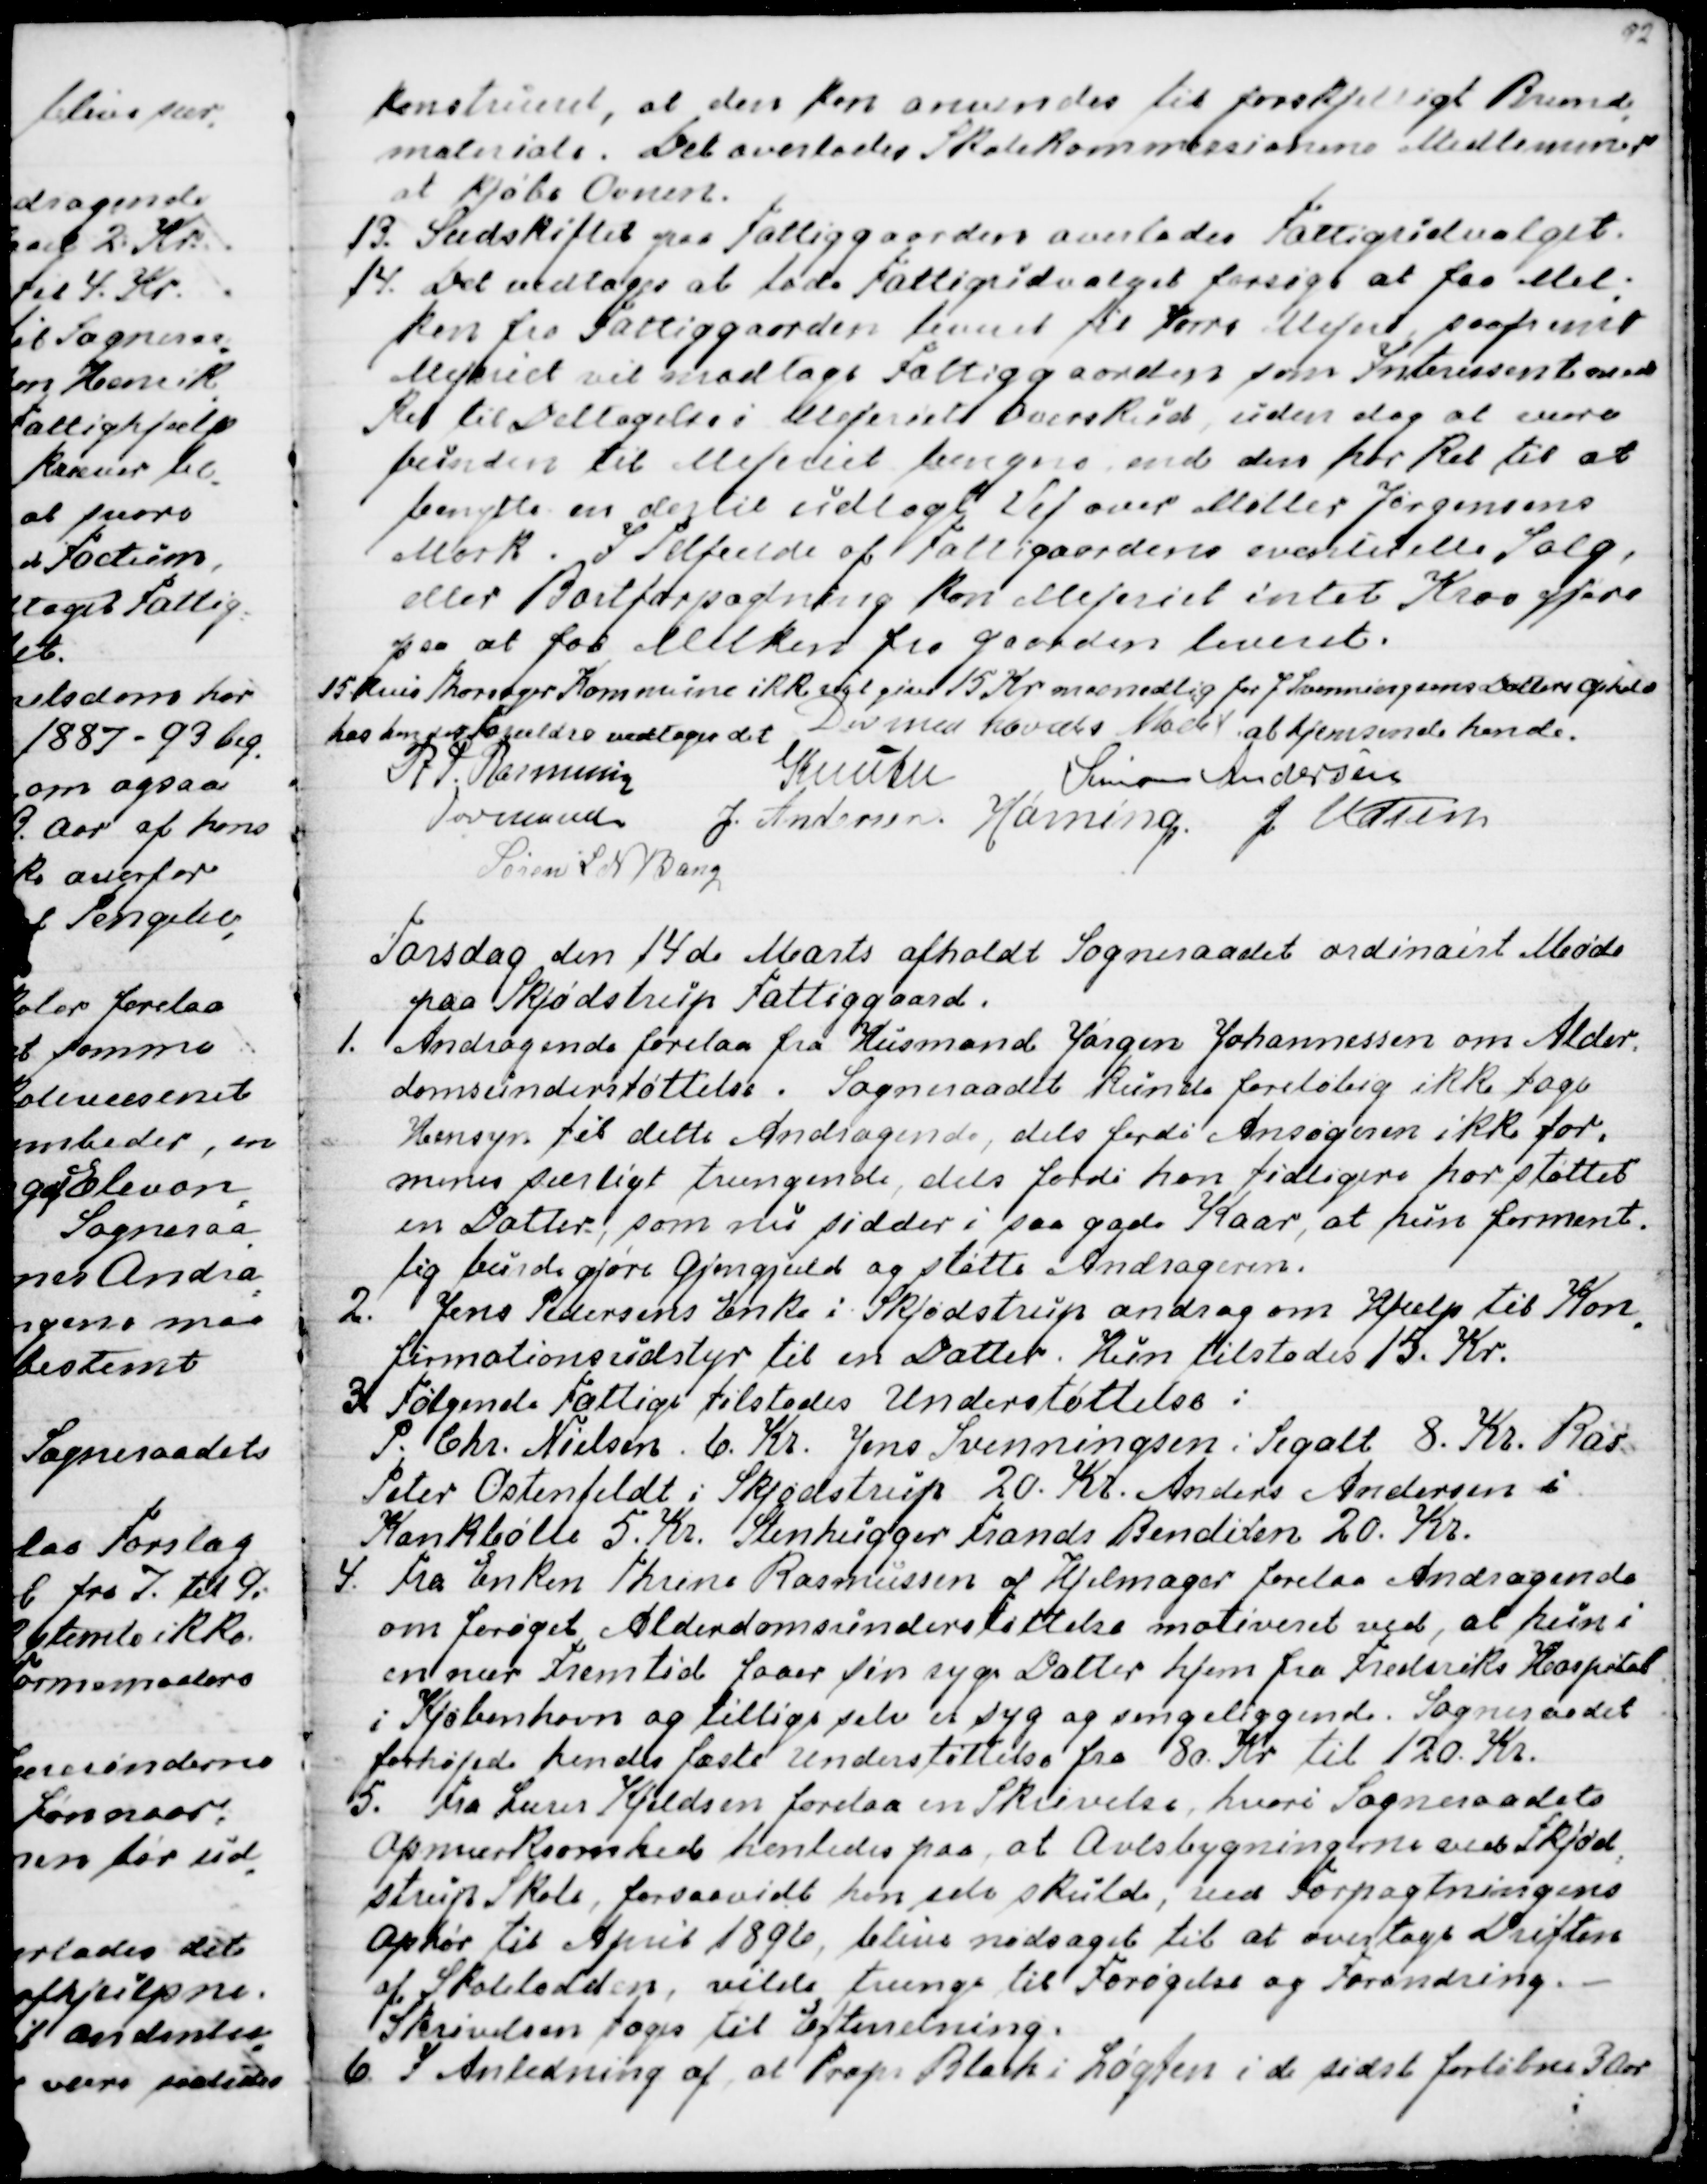
Transskription:
konstrueret, at den kan anvendes til forskjelligt Brænde
-
materiale. Det overlodes Skolekommissionens Medlemmer
at kjøbe Ovnen.
13. Sædskiftet paa Fattiggaarden overlodes Fattigudvalget.
14. Det vedtoges at lade Fattigudvalget forsøge at faa Mel-
ken fra Fattiggaarden leveret til Vorre Mejeri saafremt
Mejeriet vil modtage Fattiggaarden som Intersent med
Ret til Deltagelse i Mejeriets Overskud, uden dog at være
bunden til Mejeriet længere end den har Ret til at
benytte en dertil udlagt Vej over Møller Jørgensens
Mark. I Tilfælde af Fattiggaardens eventuelle Salg,
eller Bortforpagtning kan Mejeriet intet Krav gjøre
paa at faa Melken fra Gaarden leveret.
15. Hvis Thorsager Kommune ikke vil give 15 Kr maanedlig for J Svenningsens Datters Ophold
hos hendes Forældre vedtoges det
at hjemsende hende.
Dermed hævedes Mødet
R P. Rasmussen
Formand
Knuth
Simon Andersen
J. Andersen
Hørning.
J Udsen
Søren L N Bang

Torsdag den 14de Marts afholdt Sogneraadet ordinairt Møde
paa Skjødstrup Fattiggaard.
1. Andragende forelaa fra Husmand Jørgen Johannessen om Alder-
domsunderstøttelse. Sogneraadet kunde foreløbig ikke tage
Hensyn til dette Andragende, dels fordi Ansøgeren ikke for-
menes særligt trængende, dels fordi han tidligere har støttet
en Datter, som nu sidder i saa gode Kaar, at hun forment-
lig burde gjøre Gjengjæld og støtte Andrageren.
2. Jens Pedersens Enke i Skjødstrup androg om Hjælp til Kon
-
firmationsudstyr til en Datter. Hun tilstodes 15. Kr.
3. Følgende Fattige tilstodes Understøttelse:
P. Chr. Nielsen. 6. Kr. Jens Svenningsen i Segalt 8. Kr. Ras
Peter Ostenfeldt i Skjødstrup 20. Kr. Anders Andersen i
Kankbølle 5. Kr. Stenhugger Frands Bendixen 20 Kr.
4. Fra Enken Thrine Rasmussen af Hjelmager forelaa Andragende
om forøget Alderdomsunderstøttelse motiveret ved, at hun i
en nær Fremtid faar sin syge Datter hjem fra Frederiks Hospital
i Kjøbenhavn og tillige selv er syg og sengeliggende. Sogneraadet
forhøjede hendes faste Understøttelse fra 80 Kr til 120 Kr.
5. Fra Lærer Kjeldsen forelaa en Skrivelse, hvori Sogneraadets
Opmærksomhed henledes paa, at Avlsbygningerne ved Skjød
-
strup Skole, forsaavidt han selv skulde, ved Forpagtningens
Ophør til April 1896, blive nødsaget til at overtage driften
af Skolelodden, vilde trænge til Forøgelse og Forandring.
Skrivelsen toges til Efterretning.
6. I Anledning af, at Prop. Blach i Løgten i de sidst forløbne 3 Aar